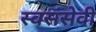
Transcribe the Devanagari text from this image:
स्वसंसेवी